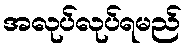
အလုပ်လုပ်ရမည်